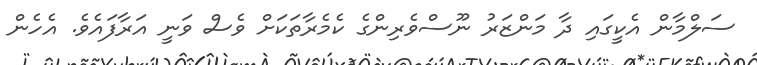
ސަލްމާން އެކީގައި ދާ މަންޒަރު ނޫސްވެރިންގެ ކެމެރާތަކަށް ވެސް ވަނީ އަރާފައެވެ. އެހެން